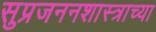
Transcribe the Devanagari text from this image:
सुप्रजननशास्त्राच्या